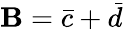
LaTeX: \mathbf{B}=\bar{{c}}+\bar{{d}}